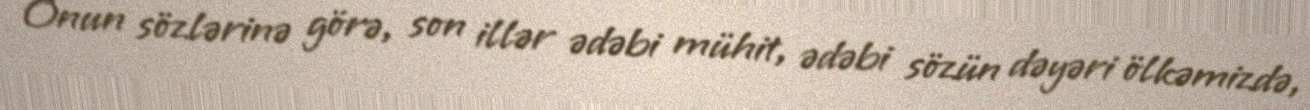
Onun sözlərinə görə, son illər ədəbi mühit, ədəbi sözün dəyəri ölkəmizdə,